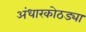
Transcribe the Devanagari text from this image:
अंधारकोठड्या